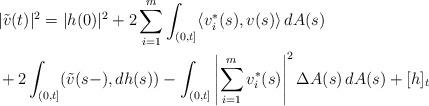
LaTeX: \begin{align*} & |\tilde v(t)|^2 = |h(0)|^2+ 2\sum_{i=1}^m \int_{(0,t]} \langle v_i^{\ast}(s), v(s) \rangle\, dA(s) \\& + 2 \int_{(0,t]} (\tilde v(s-), dh(s)) - \int_{(0,t]} \left|\sum_{i=1}^m v_i^{\ast}(s)\right|^2 \Delta A(s)\,dA(s)+[h]_t\end{align*}